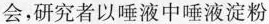
会，研究者以唾液中唾液淀粉